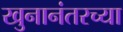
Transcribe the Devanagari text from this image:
खुनानंतरच्या